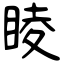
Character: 睖